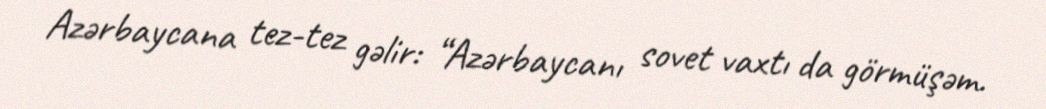
Azərbaycana tez-tez gəlir: “Azərbaycanı sovet vaxtı da görmüşəm.